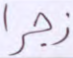
زجرا